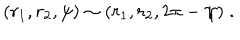
( r _ { 1 } , r _ { 2 } , \psi ) \sim ( r _ { 1 } , r _ { 2 } , 2 \pi - \psi ) \; .